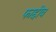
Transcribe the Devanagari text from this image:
फाद्दीव